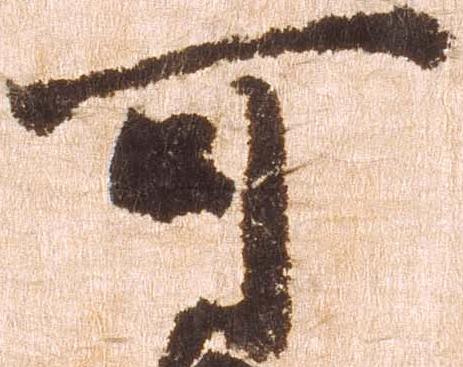
可